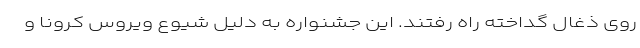
روی ذغال گداخته راه رفتند. این جشنواره به دلیل شیوع ویروس کرونا و